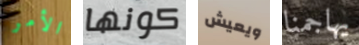
الأمر كونها ويعيش يهاجمنا